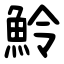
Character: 魿